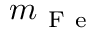
m _ { \mathrm { ~ F ~ e ~ } }